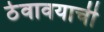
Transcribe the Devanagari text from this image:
ठेवावयाची